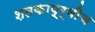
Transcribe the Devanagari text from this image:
शतकापूर्वीच